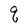
Character: q